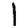
Digit: 1